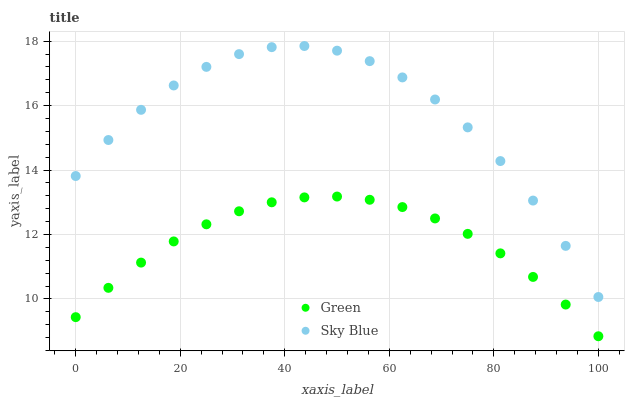
| xaxis_label | Green | Sky Blue |
 | --- | --- | --- |
 | 0 | 9.44 | 13.8 |
 | 6.25 | 10.3 | 14.9 |
 | 12.5 | 11.1 | 15.9 |
 | 18.8 | 11.8 | 16.6 |
 | 25 | 12.3 | 17.2 |
 | 31.2 | 12.7 | 17.6 |
 | 37.5 | 13 | 17.8 |
 | 43.8 | 13.2 | 17.8 |
 | 50 | 13.2 | 17.7 |
 | 56.2 | 13.1 | 17.4 |
 | 62.5 | 12.9 | 16.9 |
 | 68.8 | 12.5 | 16.2 |
 | 75 | 12 | 15.3 |
 | 81.2 | 11.4 | 14.3 |
 | 87.5 | 10.7 | 13.1 |
 | 93.8 | 9.83 | 11.6 |
 | 100 | 8.84 | 10.1 |